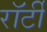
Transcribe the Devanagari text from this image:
रॉर्टी